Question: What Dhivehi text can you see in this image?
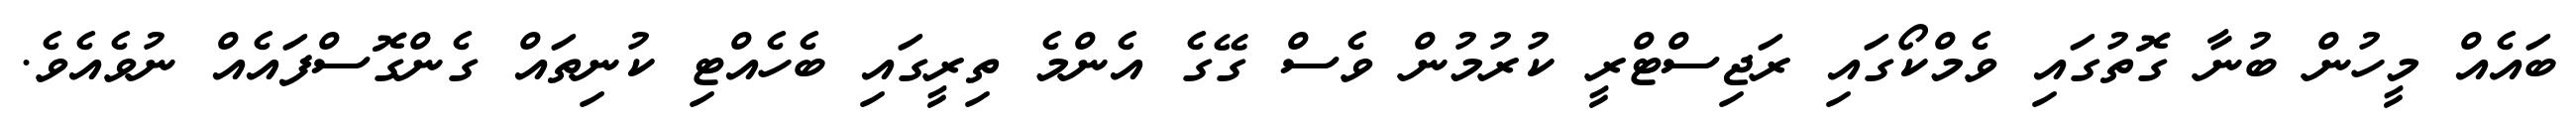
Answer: ބައެއް މީހުން ބުނާ ގޮތުގައި ވެމްކޯގައި ރަޖިސްޓްރީ ކުރުމުން ވެސް ގޭގެ އެންމެ ތިރީގައި ބެހެއްޓި ކުނިތައް ގެންގޮސްފައެއް ނުވެއެވެ.